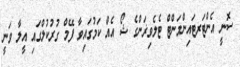
ސޮނީ އެންޓަރޓައިންމަންޓް ޓެލެވިޜަންގެ ޝޯ އެއް ކަމުގައިވާ ފޭމް ގުރުކުލްގައި އީލާ ވަނީ